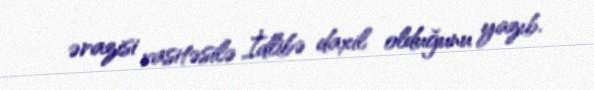
ərazisi vasitəsilə İdlibə daxil olduğunu yazıb.